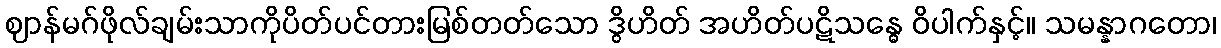
ဈာန်မဂ်ဖိုလ်ချမ်းသာကိုပိတ်ပင်တားမြစ်တတ်သော ဒွိဟိတ် အဟိတ်ပဋိသန္ဓေ ဝိပါက်နှင့်။ သမန္နာဂတော၊